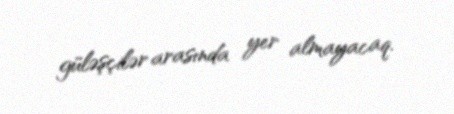
güləşçilər arasında yer almayacaq.